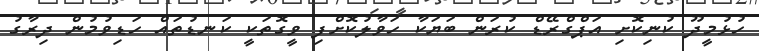
ހުޅުމީދޫ ކުނިކޮށި އަޕްގްރޭޑް ކުރަން ބަޔަކާ ހަވާލުކޮށްފި ވީގޮތަކީ ކަނޑުތައް ހަޑިވުމުން ދިރާގު